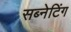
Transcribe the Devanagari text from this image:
सब्नेटिंग